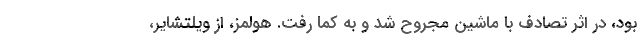
بود، در اثر تصادف با ماشین مجروح شد و به کما رفت. هولمز، از ویلتشایر،